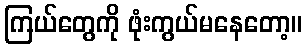
ကြယ်တွေကို ဖုံးကွယ်မနေတော့။